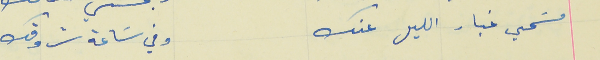
مسَحي غبار الليل عنك                                         وفي سَاعة شروقك